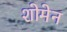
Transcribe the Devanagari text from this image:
शोमेन